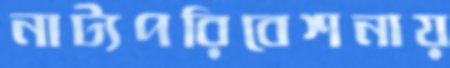
নাট্যপরিবেশনায়